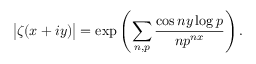
{ \big | } \zeta ( x + i y ) { \big | } = \exp \left( \sum _ { n , p } { \frac { \cos n y \log p } { n p ^ { n x } } } \right) .